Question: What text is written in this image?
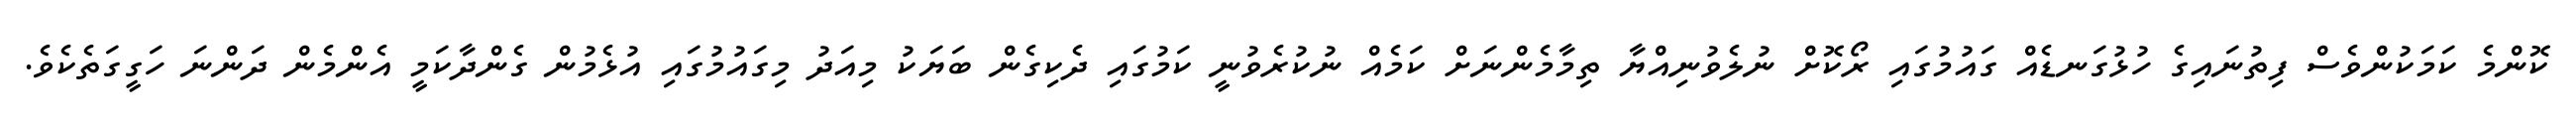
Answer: ކޮންމެ ކަމަކުންވެސް ފިތުނައިގެ ހުޅުގަނޑެއް ގައުމުގައި ރޯކޮށް ނުލެވުނިއްޔާ ތިމާމެންނަށް ކަމެއް ނުކުރެވުނީ ކަމުގައި ދެކިގެން ބަޔަކު މިއަދު މިގައުމުގައި އުޅެމުން ގެންދާކަމީ އެންމެން ދަންނަ ހަގީގަތެކެވެ.